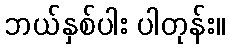
ဘယ်နှစ်ပါး ပါတုန်း။